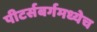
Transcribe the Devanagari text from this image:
पीटर्सबर्गमध्येच